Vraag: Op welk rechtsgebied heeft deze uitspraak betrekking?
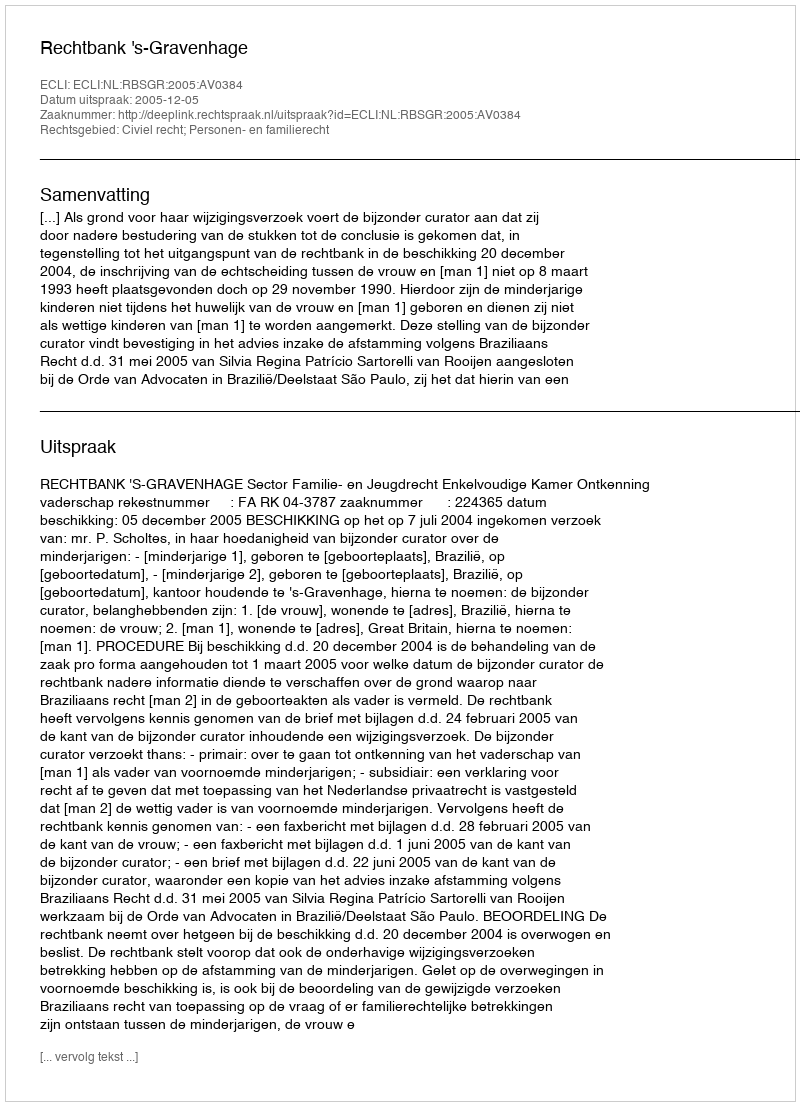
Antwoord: Civiel recht; Personen- en familierecht